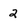
Character: 2